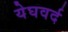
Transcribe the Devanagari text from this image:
येघवर्द